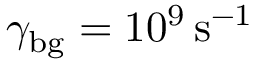
\gamma _ { \mathrm { b g } } = 1 0 ^ { 9 } \, \mathrm { s ^ { - 1 } }